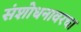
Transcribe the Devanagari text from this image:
संशोधनावरचा